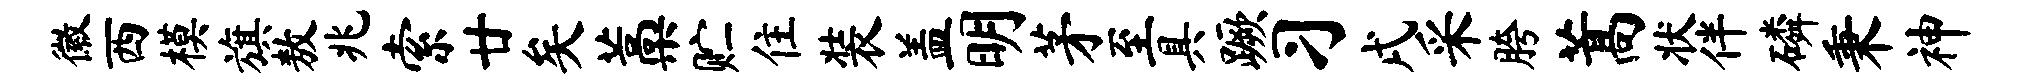
徽西模旗敖兆索廿矣藁贮住装盖明茅至具蹶习戌采胯蒿状伴磷秉神